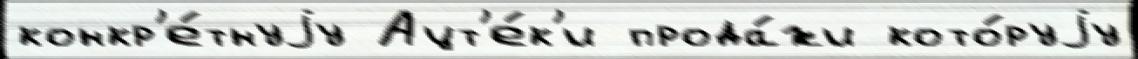
конкр'е́тнуjу Ацт'е́к'и прода́жи кото́руjу